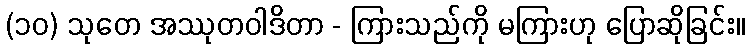
(၁၀) သုတေ အဿုတဝါဒိတာ - ကြားသည်ကို မကြားဟု ပြောဆိုခြင်း။